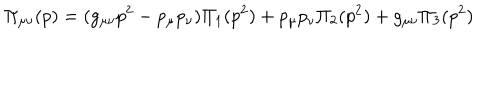
\Pi _ { \mu \nu } ( p ) = ( g _ { \mu \nu } p ^ { 2 } - p _ { \mu } p _ { \nu } ) \Pi _ { 1 } ( p ^ { 2 } ) + p _ { \mu } p _ { \nu } \Pi _ { 2 } ( p ^ { 2 } ) + g _ { \mu \nu } \Pi _ { 3 } ( p ^ { 2 } )